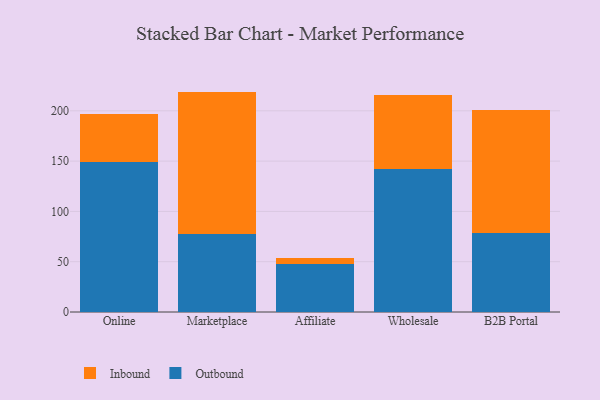
{"axis": {"x": "Channel", "y": "Operating Costs (USD K)"}, "legend": ["Inbound", "Outbound"], "data": [{"x": "Online", "y": 149.4, "type": "Outbound"}, {"x": "Online", "y": 47.6, "type": "Inbound"}, {"x": "Marketplace", "y": 77.2, "type": "Outbound"}, {"x": "Marketplace", "y": 141.9, "type": "Inbound"}, {"x": "Affiliate", "y": 47.5, "type": "Outbound"}, {"x": "Affiliate", "y": 6.3, "type": "Inbound"}, {"x": "Wholesale", "y": 141.8, "type": "Outbound"}, {"x": "Wholesale", "y": 73.6, "type": "Inbound"}, {"x": "B2B Portal", "y": 79.0, "type": "Outbound"}, {"x": "B2B Portal", "y": 121.4, "type": "Inbound"}]}